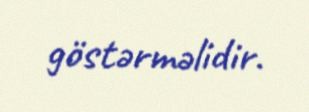
göstərməlidir.